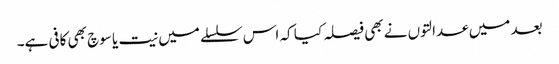
بعد میں عدالتوں نے بھی فیصلہ کیا کہ اس سلسلے میں نیت یا سوچ بھی کافی ہے۔